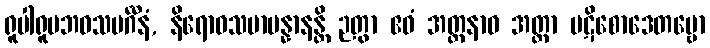
ရူပါရူပဘဝသမင်္ဂီနံ, နိရောဓသမာပန္နာနန္တိ ဉတွာ ဧဝံ အတ္တနာဝ အတ္တာ ပဋိစောဒေတဗ္ဗော